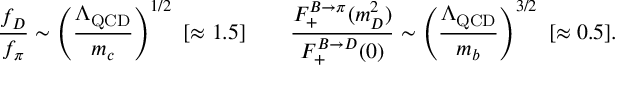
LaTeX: \frac { f _ { D } } { f _ { \pi } } \sim \left( \frac { \Lambda _ { \mathrm { Q C D } } } { m _ { c } } \right) ^ { 1 / 2 } \, \, [ \approx 1 . 5 ] \qquad \frac { F _ { + } ^ { B \to \pi } ( m _ { D } ^ { 2 } ) } { F _ { + } ^ { B \to D } ( 0 ) } \sim \left( \frac { \Lambda _ { \mathrm { Q C D } } } { m _ { b } } \right) ^ { 3 / 2 } \, \, [ \approx 0 . 5 ] .